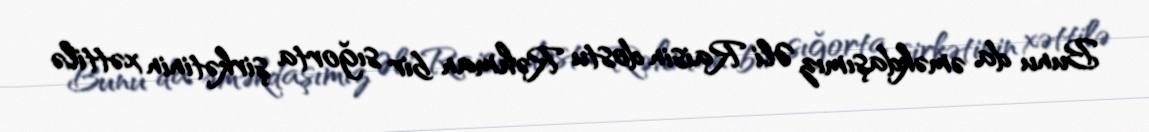
Bunu da əməkdaşımız Əli Raisin dostu Rəhman bir sığorta şirkətinin xəttilə